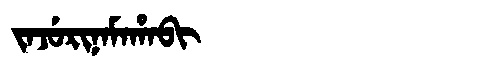
Manchu: ᠵᠠᠵᡠᡵᡳᠨᠠᠮᠠᡥᠠᠪᡳ
Romanization: JAJURINAMAHABI